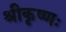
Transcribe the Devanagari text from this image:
श्रीकृष्णः